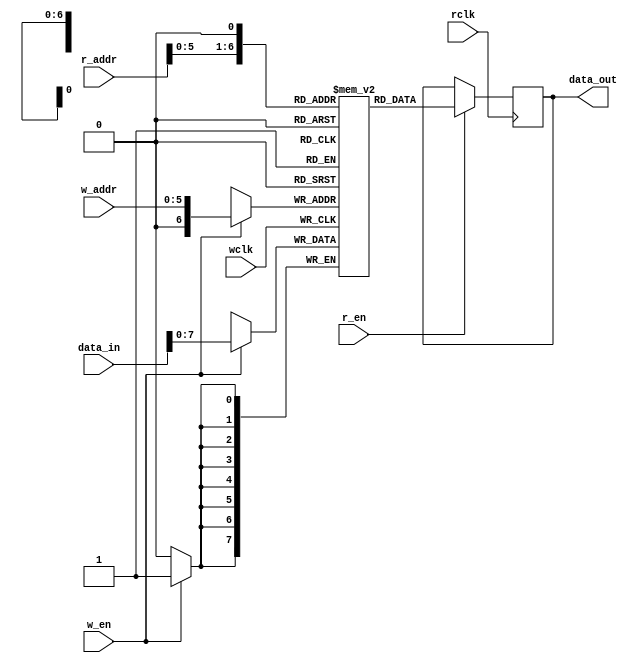
`timescale 1ns/1ps

`define max(a,b) {(a) > (b) ? (a) : (b)}
`define min(a,b) {(a) < (b) ? (a) : (b)}

/*WARNING: This memory assumes that the read port data width is bigger than the
 write port data width and that they are multiples of eachother
 */
module iob_2p_assim_async_mem_r_big
  #( 
     parameter W_DATA_W = 16,
     parameter W_ADDR_W = 6,
     parameter R_DATA_W = 8,
     parameter R_ADDR_W = 7,
     parameter USE_RAM = 1
     ) 
   (
    //Inputs
    input 		      wclk, //write clock
    input 		      w_en, //write enable
    input [W_DATA_W-1:0]      data_in, //Input data to write port
    input [W_ADDR_W-1:0]      w_addr, //address for write port
    input 		      rclk, //read clock
    input [R_ADDR_W-1:0]      r_addr, //address for read port
    input 		      r_en,
    //Outputs
    output reg [R_DATA_W-1:0] data_out //output port
    );
   
   //local variables
   localparam maxADDR_W = `max(W_ADDR_W, R_ADDR_W);
   localparam maxDATA_W = `max(W_DATA_W, R_DATA_W);
   localparam minDATA_W = `min(W_DATA_W, R_DATA_W);
   localparam RATIO = maxDATA_W / minDATA_W;
   localparam log2RATIO = $clog2(RATIO);
   
   //memory declaration
   reg [minDATA_W-1:0] 	      ram [2**maxADDR_W-1:0];
   
   integer 		      i;
   //reg [log2RATIO-1:0] 	      lsbaddr;
   
   //writing to the RAM
   always@(posedge wclk)
     if (w_en)
       ram[w_addr] <= data_in;
   
   //reading from the RAM
   generate
      if(USE_RAM) begin
	 always@(posedge rclk) begin
	    if (r_en) begin
	       for (i = 0; i < RATIO; i = i+1) begin
		  //lsbaddr <= i[log2RATIO-1:0];
		  data_out[(i+1)*minDATA_W-1 -: minDATA_W] <= ram[{r_addr, i[log2RATIO-1:0]}];
	       end
	    end
	 end
      end
   endgenerate
endmodule